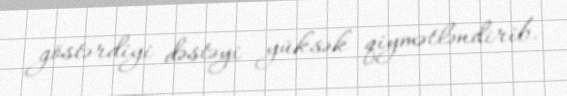
göstərdiyi dəstəyi yüksək qiymətləndirib.